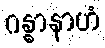
ဂန္ဓာနာဟံ